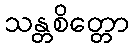
သန္တစိတ္တော